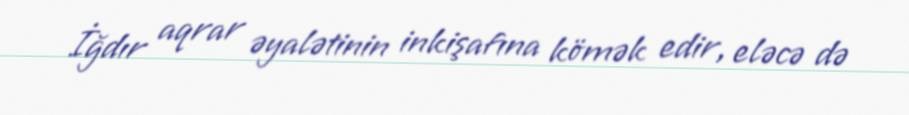
İğdır aqrar əyalətinin inkişafına kömək edir, eləcə də